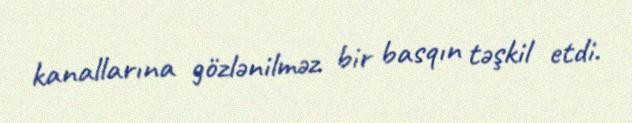
kanallarına gözlənilməz bir basqın təşkil etdi.